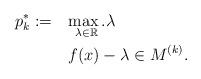
LaTeX: \begin{align*}p^*_k:=\quad&\underset{\lambda\in\mathbb{R}}{\max.} \lambda\quad\quad\quad\quad\\& f(x)-\lambda \in M^{(k)}. \quad\quad\quad\end{align*}